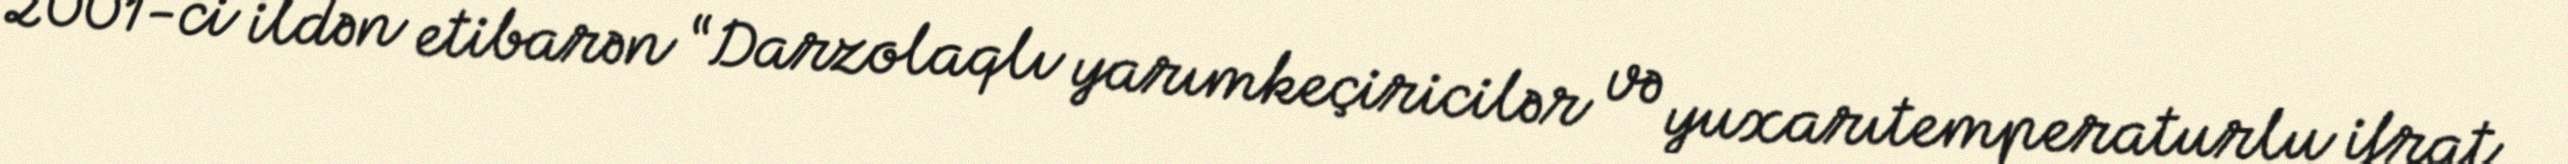
2001-ci ildən etibarən “Darzolaqlı yarımkeçiricilər və yuxarıtemperaturlu ifrat